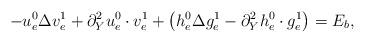
LaTeX: \begin{align*}\begin{aligned}-u_e^0\Delta v^1_e&+\partial_Y^2 u^0_e\cdot v^1_e+\left(h^0_e\Delta g^1_e-\partial_Y^2h^0_e\cdot g^1_e\right)=E_b,\end{aligned}\end{align*}